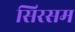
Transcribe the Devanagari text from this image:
सिरसम